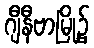
ဂျီနီဗာမြို့၌